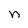
Character: n